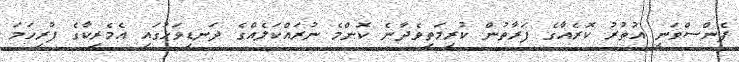
ޕެންސްވަނީ އުތުރު ކޮރެއާގެ ފަރާތުން ކުރިމަތިވެދާނެ ކޮންމެ ނުރައްކަލެއްގެ ދަނޑިވަޅުގައި އެމެރިކާގެ ފުރިހަމަ